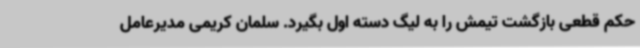
حکم قطعی بازگشت تیمش را به لیگ دسته اول بگیرد. سلمان کریمی مدیرعامل